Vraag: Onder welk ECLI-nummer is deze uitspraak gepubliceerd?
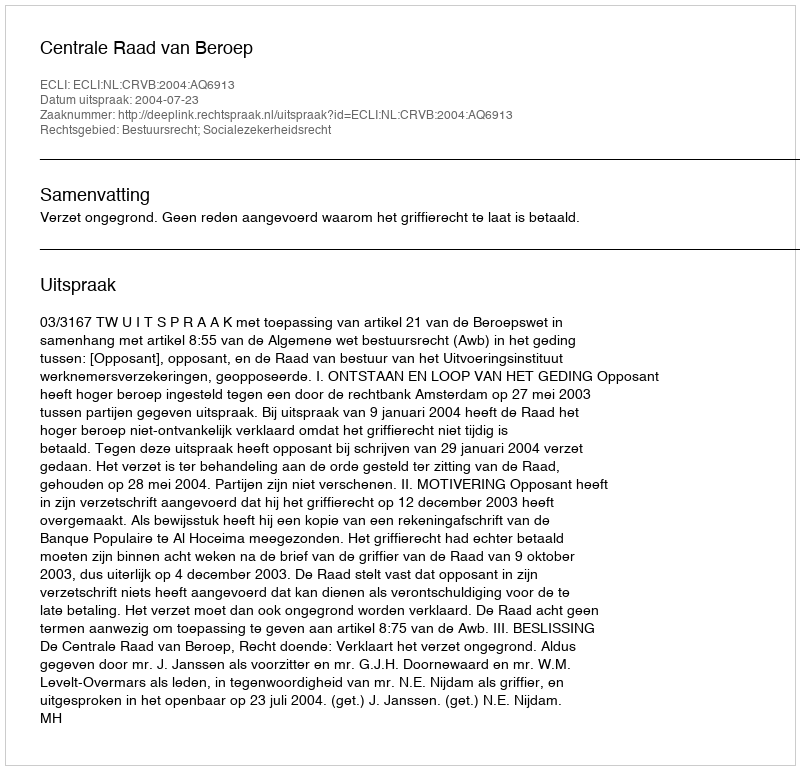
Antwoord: ECLI:NL:CRVB:2004:AQ6913